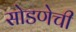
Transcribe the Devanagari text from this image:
सोडणेची